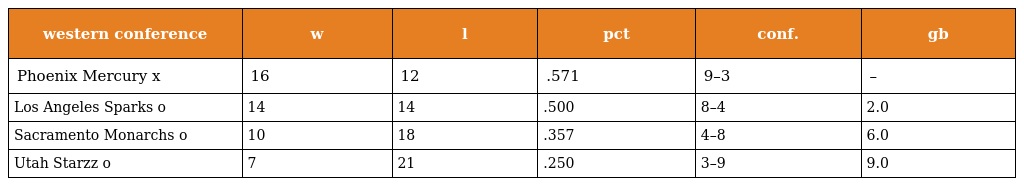
| western conference | w | l | pct | conf. | gb |
 | --- | --- | --- | --- | --- | --- |
 | Phoenix Mercury x | 16 | 12 | .571 | 9–3 | – |
 | Los Angeles Sparks o | 14 | 14 | .500 | 8–4 | 2.0 |
 | Sacramento Monarchs o | 10 | 18 | .357 | 4–8 | 6.0 |
 | Utah Starzz o | 7 | 21 | .250 | 3–9 | 9.0 |